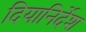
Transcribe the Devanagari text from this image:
दियानिर्देश